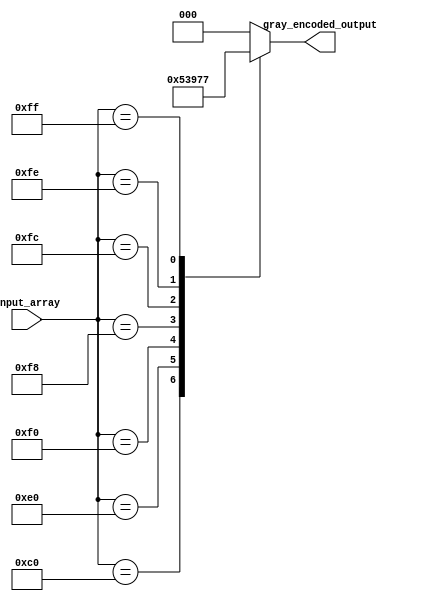
module gray_code_priority_encoder (
    input [7:0] input_array,
    output reg [2:0] gray_encoded_output
);

always @(*) begin
    case(input_array)
        8'b10000000: gray_encoded_output = 3'b000;
        8'b11000000: gray_encoded_output = 3'b001;
        8'b11100000: gray_encoded_output = 3'b010;
        8'b11110000: gray_encoded_output = 3'b011;
        8'b11111000: gray_encoded_output = 3'b100;
        8'b11111100: gray_encoded_output = 3'b101;
        8'b11111110: gray_encoded_output = 3'b110;
        8'b11111111: gray_encoded_output = 3'b111;
        default: gray_encoded_output = 3'b000; 
    endcase
end

endmodule